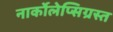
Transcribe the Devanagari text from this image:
नार्कोलेप्सिग्रस्त